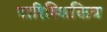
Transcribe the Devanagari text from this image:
पारिस्थिकिय